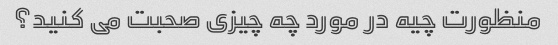
منظورت چیه در مورد چه چیزی صحبت می کنید؟